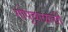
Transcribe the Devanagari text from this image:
गोपूबाळाची